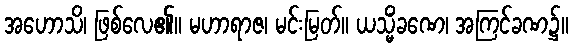
အဟောသိ၊ ဖြစ်လေ၏။ မဟာရာဇ၊ မင်းမြတ်။ ယသ္မိံခဏေ၊ အကြင်ခဏ၌။